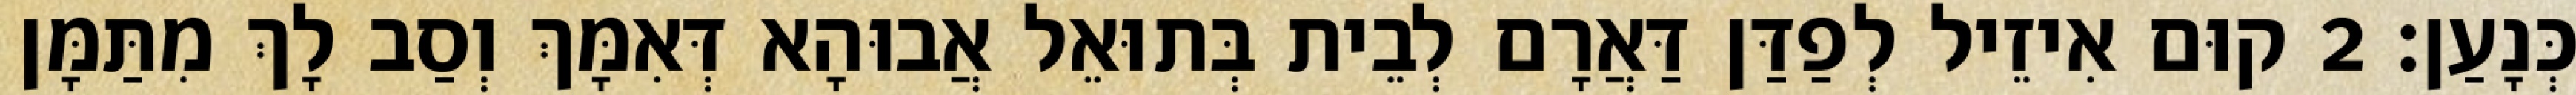
כְּנָעַן׃ 2 קוּם אִיזֵיל לְפַדַּן דַּאֲרָם לְבֵית בְּתוּאֵל אֲבוּהָא דְּאִמָּךְ וְסַב לָךְ מִתַּמָּן